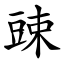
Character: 䜹